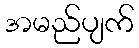
အမည်ပျက်